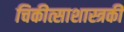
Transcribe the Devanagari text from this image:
चिकीत्साशास्त्रकी